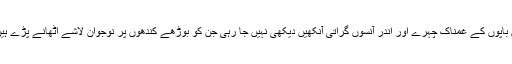
ان باپوں کے غمناک چہرے اور اندر آنسوں گراتی آنکھیں دیکھی نہیں جا رہی جن کو بوڑھے کندھوں پر نوجوان لاشے اٹھانے پڑے ہیں۔